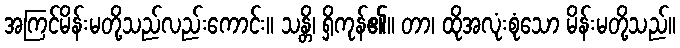
အကြင်မိန်းမတို့သည်လည်းကောင်း။ သန္တိ၊ ရှိကုန်၏။ တာ၊ ထိုအလုံးစုံသော မိန်းမတို့သည်။